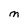
Character: M